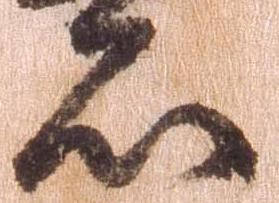
亦